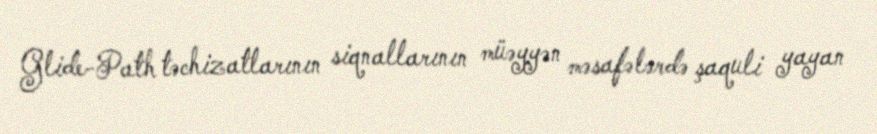
Glide-Path təchizatlarının siqnallarının müəyyən məsafələrdə şaquli yayan